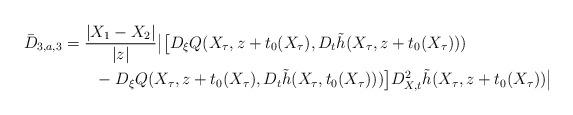
LaTeX: \begin{align*}\bar D_{3,a,3} &= \frac{ |X_1-X_2|}{|z|}\big| \big[ D_\xi Q(X_\tau,z+t_0(X_\tau),D_t \tilde h(X_\tau,z+t_0(X_\tau))) \\&\qquad- D_\xi Q(X_\tau,z+t_0(X_\tau),D_t \tilde h(X_\tau,t_0(X_\tau))) \big] D^2_{X,t} \tilde h(X_\tau,z+t_0(X_\tau))\big|\end{align*}